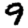
Digit: 9